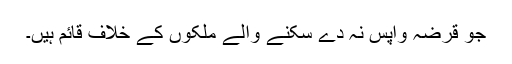
جو قرضہ واپس نہ دے سکنے والے ملکوں کے خلاف قائم ہیں۔